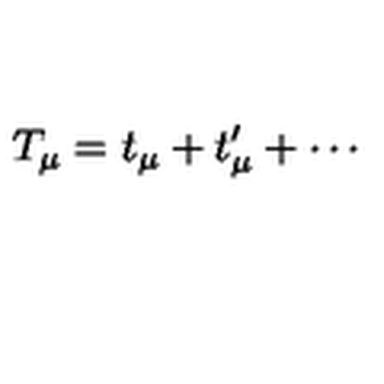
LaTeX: T _ { \mu } = t _ { \mu } + t _ { \mu } ^ { \prime } + \cdots